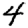
Digit: 4